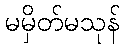
မမှိတ်မသုန်